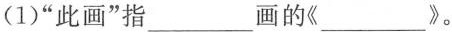
(1)”此画”指___画的《___》。